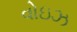
વોઇઝ